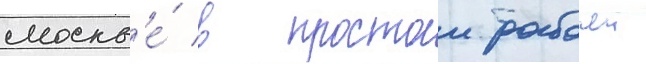
москв'е́ в простои рабочеи